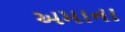
અમાના